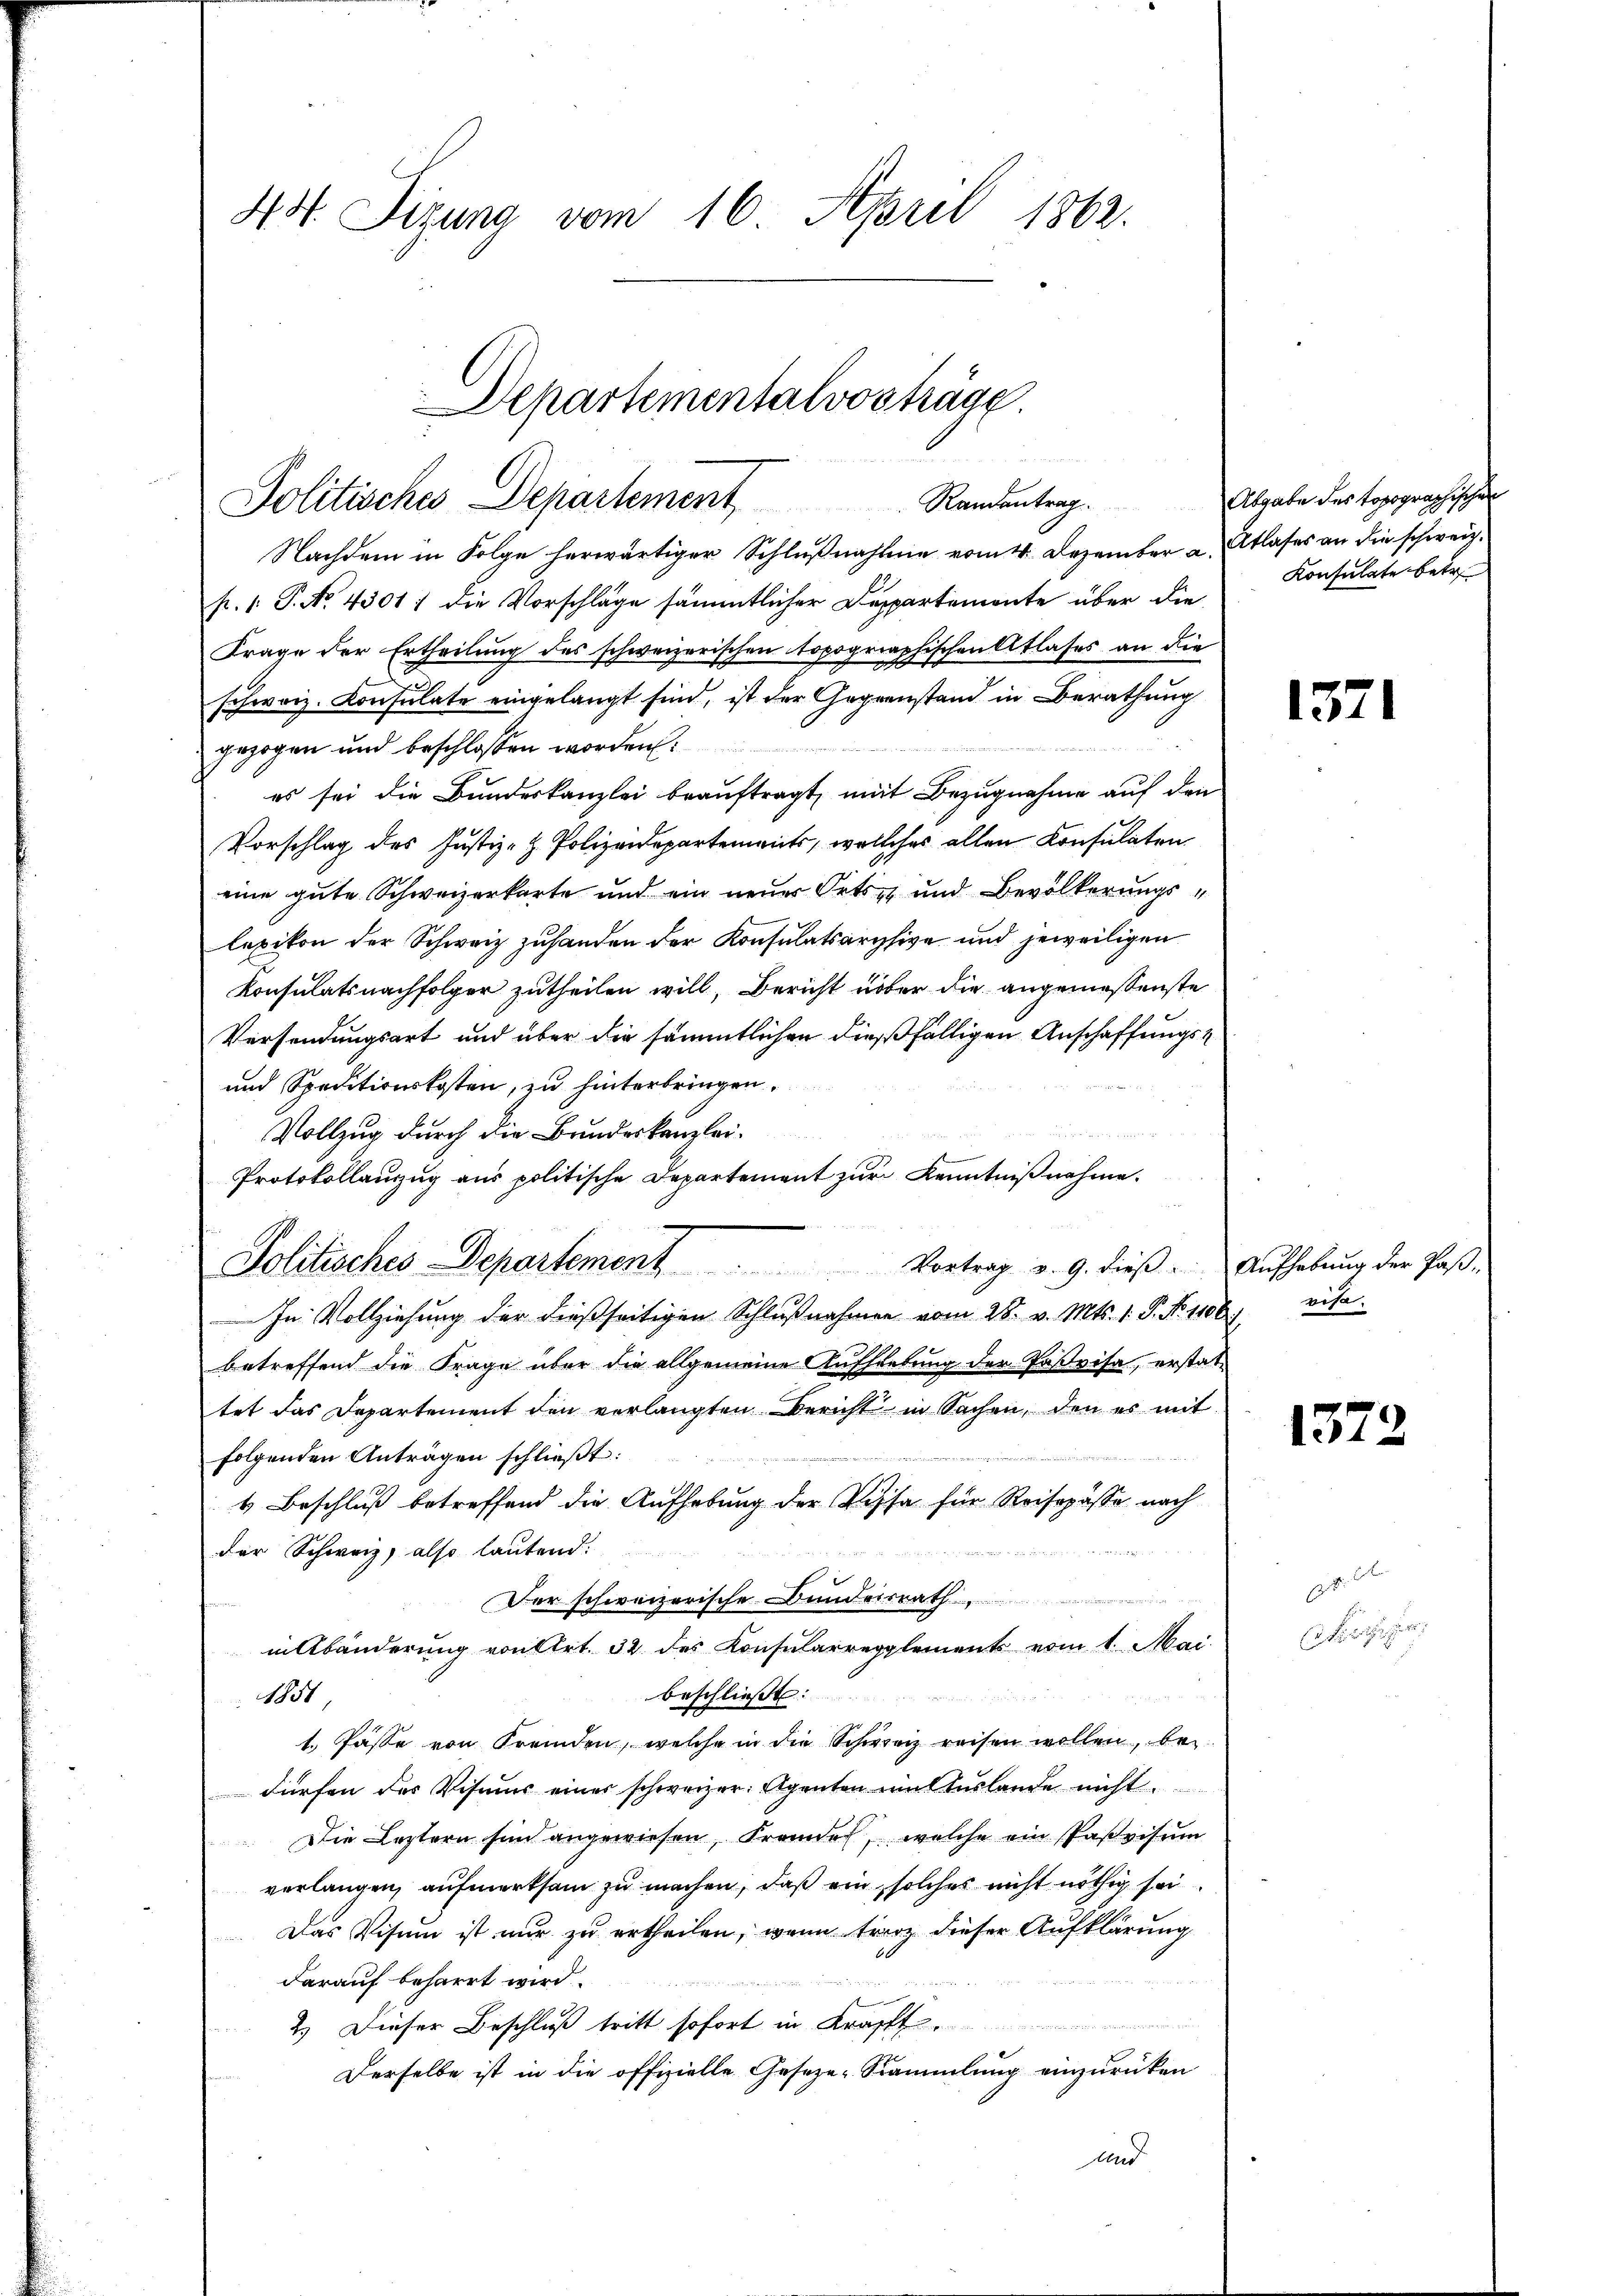
43. Sizung vom 16. April 1862.

Departementalvosträge.

Politisches Departement,

Nachdem in Folge herwärtiger Schlußnahme vom 4. Dezember a. Atlases an die schweiz.
p. 1. P. No. 4301: die Vorschläge sämmtlicher Departemente über die
Frage der Ertheilung des schweizerischen Topographischentlases an die
schweiz. Konsulate eingelangt sind, ist der Gegenstand in Berathung
.
gezogen und beschlossen worden:
es sei die Bundeskanzlei beauftragt, mit Bezugnahme auf den
Vorschlag des Justiz- & Polizeidepartements, wellches allen Konsulaten
eine gute Schweizerkarte und ein neuer Orts- und Bevölkerungslexikon der Schweiz zuhanden der Konsulatsarchive und jeweiligen
Konsulatsnachfolger zutheilen will, Bericht über die angeniessenste
Versendungsart und über die sämmtlichen dießfälligen Anschaffungs¬
und Speditionskosten, zu hinterbringen.
Vollzug durch die Bundeskanzlei-
Protokollanzug aus politische Departement zur Kenntnißnahme.
Politisches Departement. Vortrag v. 9. dieβ. Aŭfhebŭng der Paβ-
.
In Vollziehung der dießseitigen Schließnahmen vom 28. v. Mts. 1. P. Nr. 1106) vita
betreffend die Frage über die allgemeine Aufhebung der Pavisa, erstattet das Departement den verlangten Bericht in Sachen, den es mit
folgenden Anträgen schließt:
4 Beschluß betreffend die Aufhebung der Vissa für Reisepässe nach
der Schweiz, also lautend:
Der schweizerische Bundesrath
in Abänderung von Art. 32 des Konsularreglements vom 1. Mai
beschließt:
1851,
1.) Pässe von Fremden, welche in die Schweiz reisen wollen, bei
Fürfen des Visius einer schweizer, Agenten mitterlande nicht
Die Leztern sind angewiesen, Frande, welche ein Pasvisum
verlangen, aufmerksam zu machen, daß ein solches nicht nöthig sei
Das Visum ist nur zu ertheilen, wenn freiz dieser Aufklärung
darauf beharrt wird.
n
2.) Dieser Beschluß tritt sofort in Krafft.
Derselbe ist in die offizielle Geseze-Sammlung einzurücken
und

Randantrag. Abgabe des topographischen
Konsulate betr.

1371

1372

it. Gallen
heger